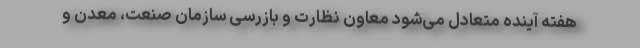
هفته آینده متعادل می‌شود معاون نظارت و بازرسی سازمان صنعت، معدن و